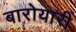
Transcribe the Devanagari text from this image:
बारोयारी